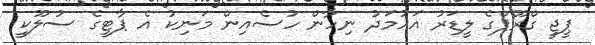
ޕީޖީ ގްރޫޕްގެ ލީޑަރު އަހުމަދު ނިހާން ހުސެއިން މަނިކު އެ ޕާޓީގެ ސުލޫކީ